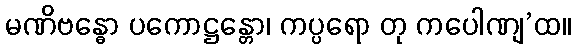
မဏိဗန္ဓော ပကောဋ္ဌန္တော၊ ကပ္ပရော တု ကပေါဏျ’ထ။